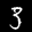
Label: 3